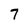
Character: 7